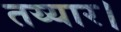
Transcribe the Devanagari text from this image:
तय्यार।